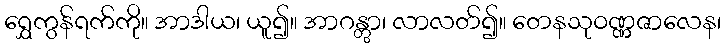
ရွှေကွန်ရက်ကို။ အာဒါယ၊ ယူ၍။ အာဂန္တွာ၊ လာလတ်၍။ တေနသုဝဏ္ဏဇာလေန၊